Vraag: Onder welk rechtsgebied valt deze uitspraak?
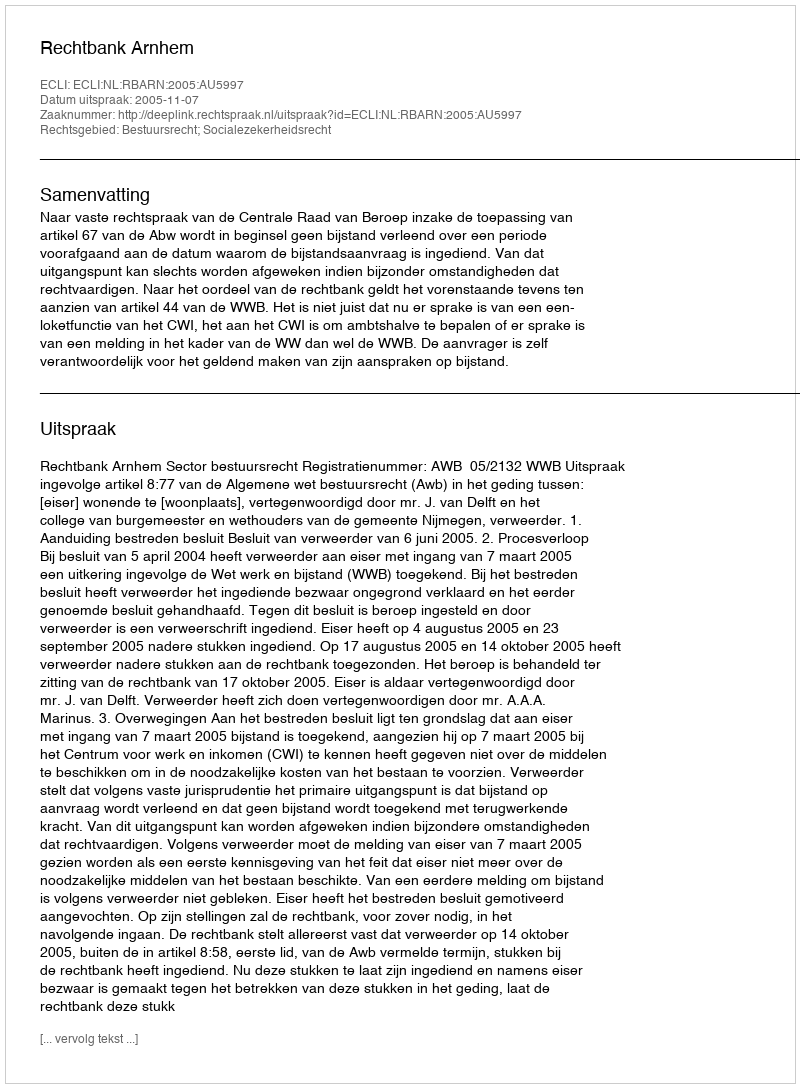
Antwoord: Bestuursrecht; Socialezekerheidsrecht